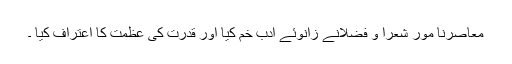
معاصرنا مور شعرا و فضلانے زانوئے ادب خم کیا اور قدرت کی عظمت کا اعتراف کیا ۔